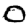
Digit: 0